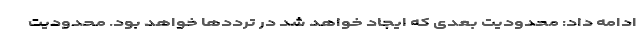
ادامه داد: محدودیت بعدی که ایجاد خواهد شد در ترددها خواهد بود. محدودیت